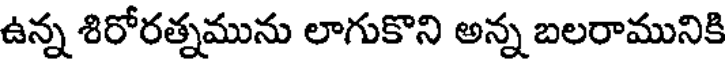
ఉన్న శిరోరత్నమును లాగుకొని అన్న బలరామునికి